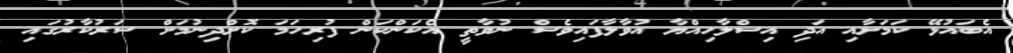
އެބައުޅޭ ކަމަށާއި އަދި އިސްލާހިއްޔާ އުވާލާފައިވެސް ނުވާތީ އެކަންކަން ފުރިހަމަ ކޮށްދިނުމަށް ސަރުކާރުގައި